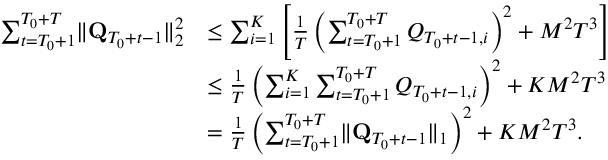
\begin{array} { r l } { \sum _ { t = T _ { 0 } + 1 } ^ { T _ { 0 } + T } \lVert \mathbf Q _ { T _ { 0 } + t - 1 } \rVert _ { 2 } ^ { 2 } } & { \le \sum _ { i = 1 } ^ { K } \left[ \frac 1 T \left( \sum _ { t = T _ { 0 } + 1 } ^ { T _ { 0 } + T } Q _ { T _ { 0 } + t - 1 , i } \right) ^ { 2 } + M ^ { 2 } T ^ { 3 } \right] } \\ & { \le \frac 1 T \left( \sum _ { i = 1 } ^ { K } \sum _ { t = T _ { 0 } + 1 } ^ { T _ { 0 } + T } Q _ { T _ { 0 } + t - 1 , i } \right) ^ { 2 } + K M ^ { 2 } T ^ { 3 } } \\ & { = \frac 1 T \left( \sum _ { t = T _ { 0 } + 1 } ^ { T _ { 0 } + T } \lVert \mathbf Q _ { T _ { 0 } + t - 1 } \rVert _ { 1 } \right) ^ { 2 } + K M ^ { 2 } T ^ { 3 } . } \end{array}